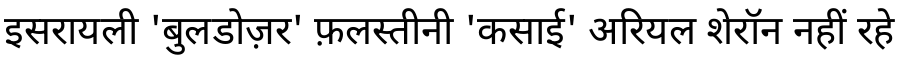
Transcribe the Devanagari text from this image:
इसरायली 'बुलडोज़र' फ़लस्तीनी 'कसाई' अरियल शेरॉन नहीं रहे